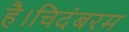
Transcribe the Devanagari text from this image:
है।चिदंबरम